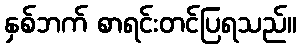
နှစ်ဘက် စာရင်းတင်ပြရသည်။